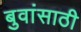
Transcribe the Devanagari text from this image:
बुवांसाठी